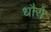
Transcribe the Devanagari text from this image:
धौरो